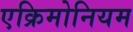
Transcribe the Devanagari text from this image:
एक्रिमोनियम